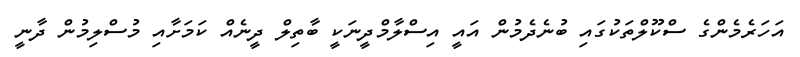
އަހަރެމެންގެ ސްކޫލްތަކުގައި ބުނެދެމުން އައީ އިސްލާމްދީނަކީ ބާތިލް ދީނެއް ކަމަށާއި މުސްލިމުން ދާނީ